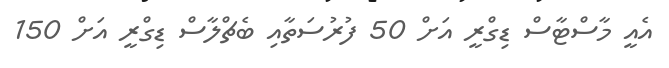
އެއީ މާސްޓާސް ޑިގްރީ އަށް 50 ފުރުސަތާއި ބެޗްލާސް ޑިގްރީ އަށް 150